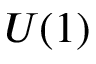
U ( 1 )